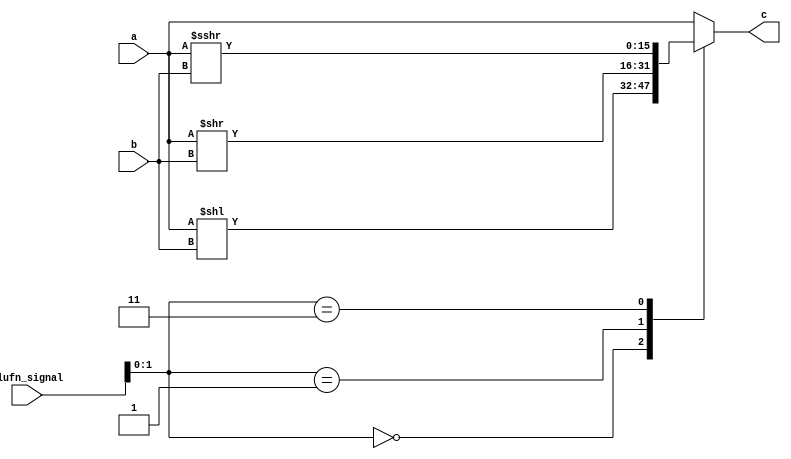
module shifter_21 (
    input [15:0] a,
    input [4:0] b,
    input [5:0] alufn_signal,
    output reg [15:0] c
  );
  
  
  
  always @* begin
    
    case (alufn_signal[0+1-:2])
      default: begin
        c = a;
      end
      2'h0: begin
        c = a << b;
      end
      2'h1: begin
        c = a >> b;
      end
      2'h3: begin
        c = $signed(a) >>> b;
      end
    endcase
  end
endmodule